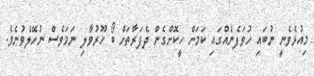
މިއުޅެވެނީ ނުބައި ހުވަފެނެއްގައި ކަމަށް ހީކޮށްގެން ދެފަރާތަށް ބޯ ހޫރުވާލި ނަމަވެސް ނުހޭލެވުނެވެ.